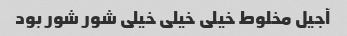
آجیل مخلوط خیلی خیلی خیلی شور شور بود